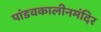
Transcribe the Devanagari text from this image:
पांडवकालीनमंदिर